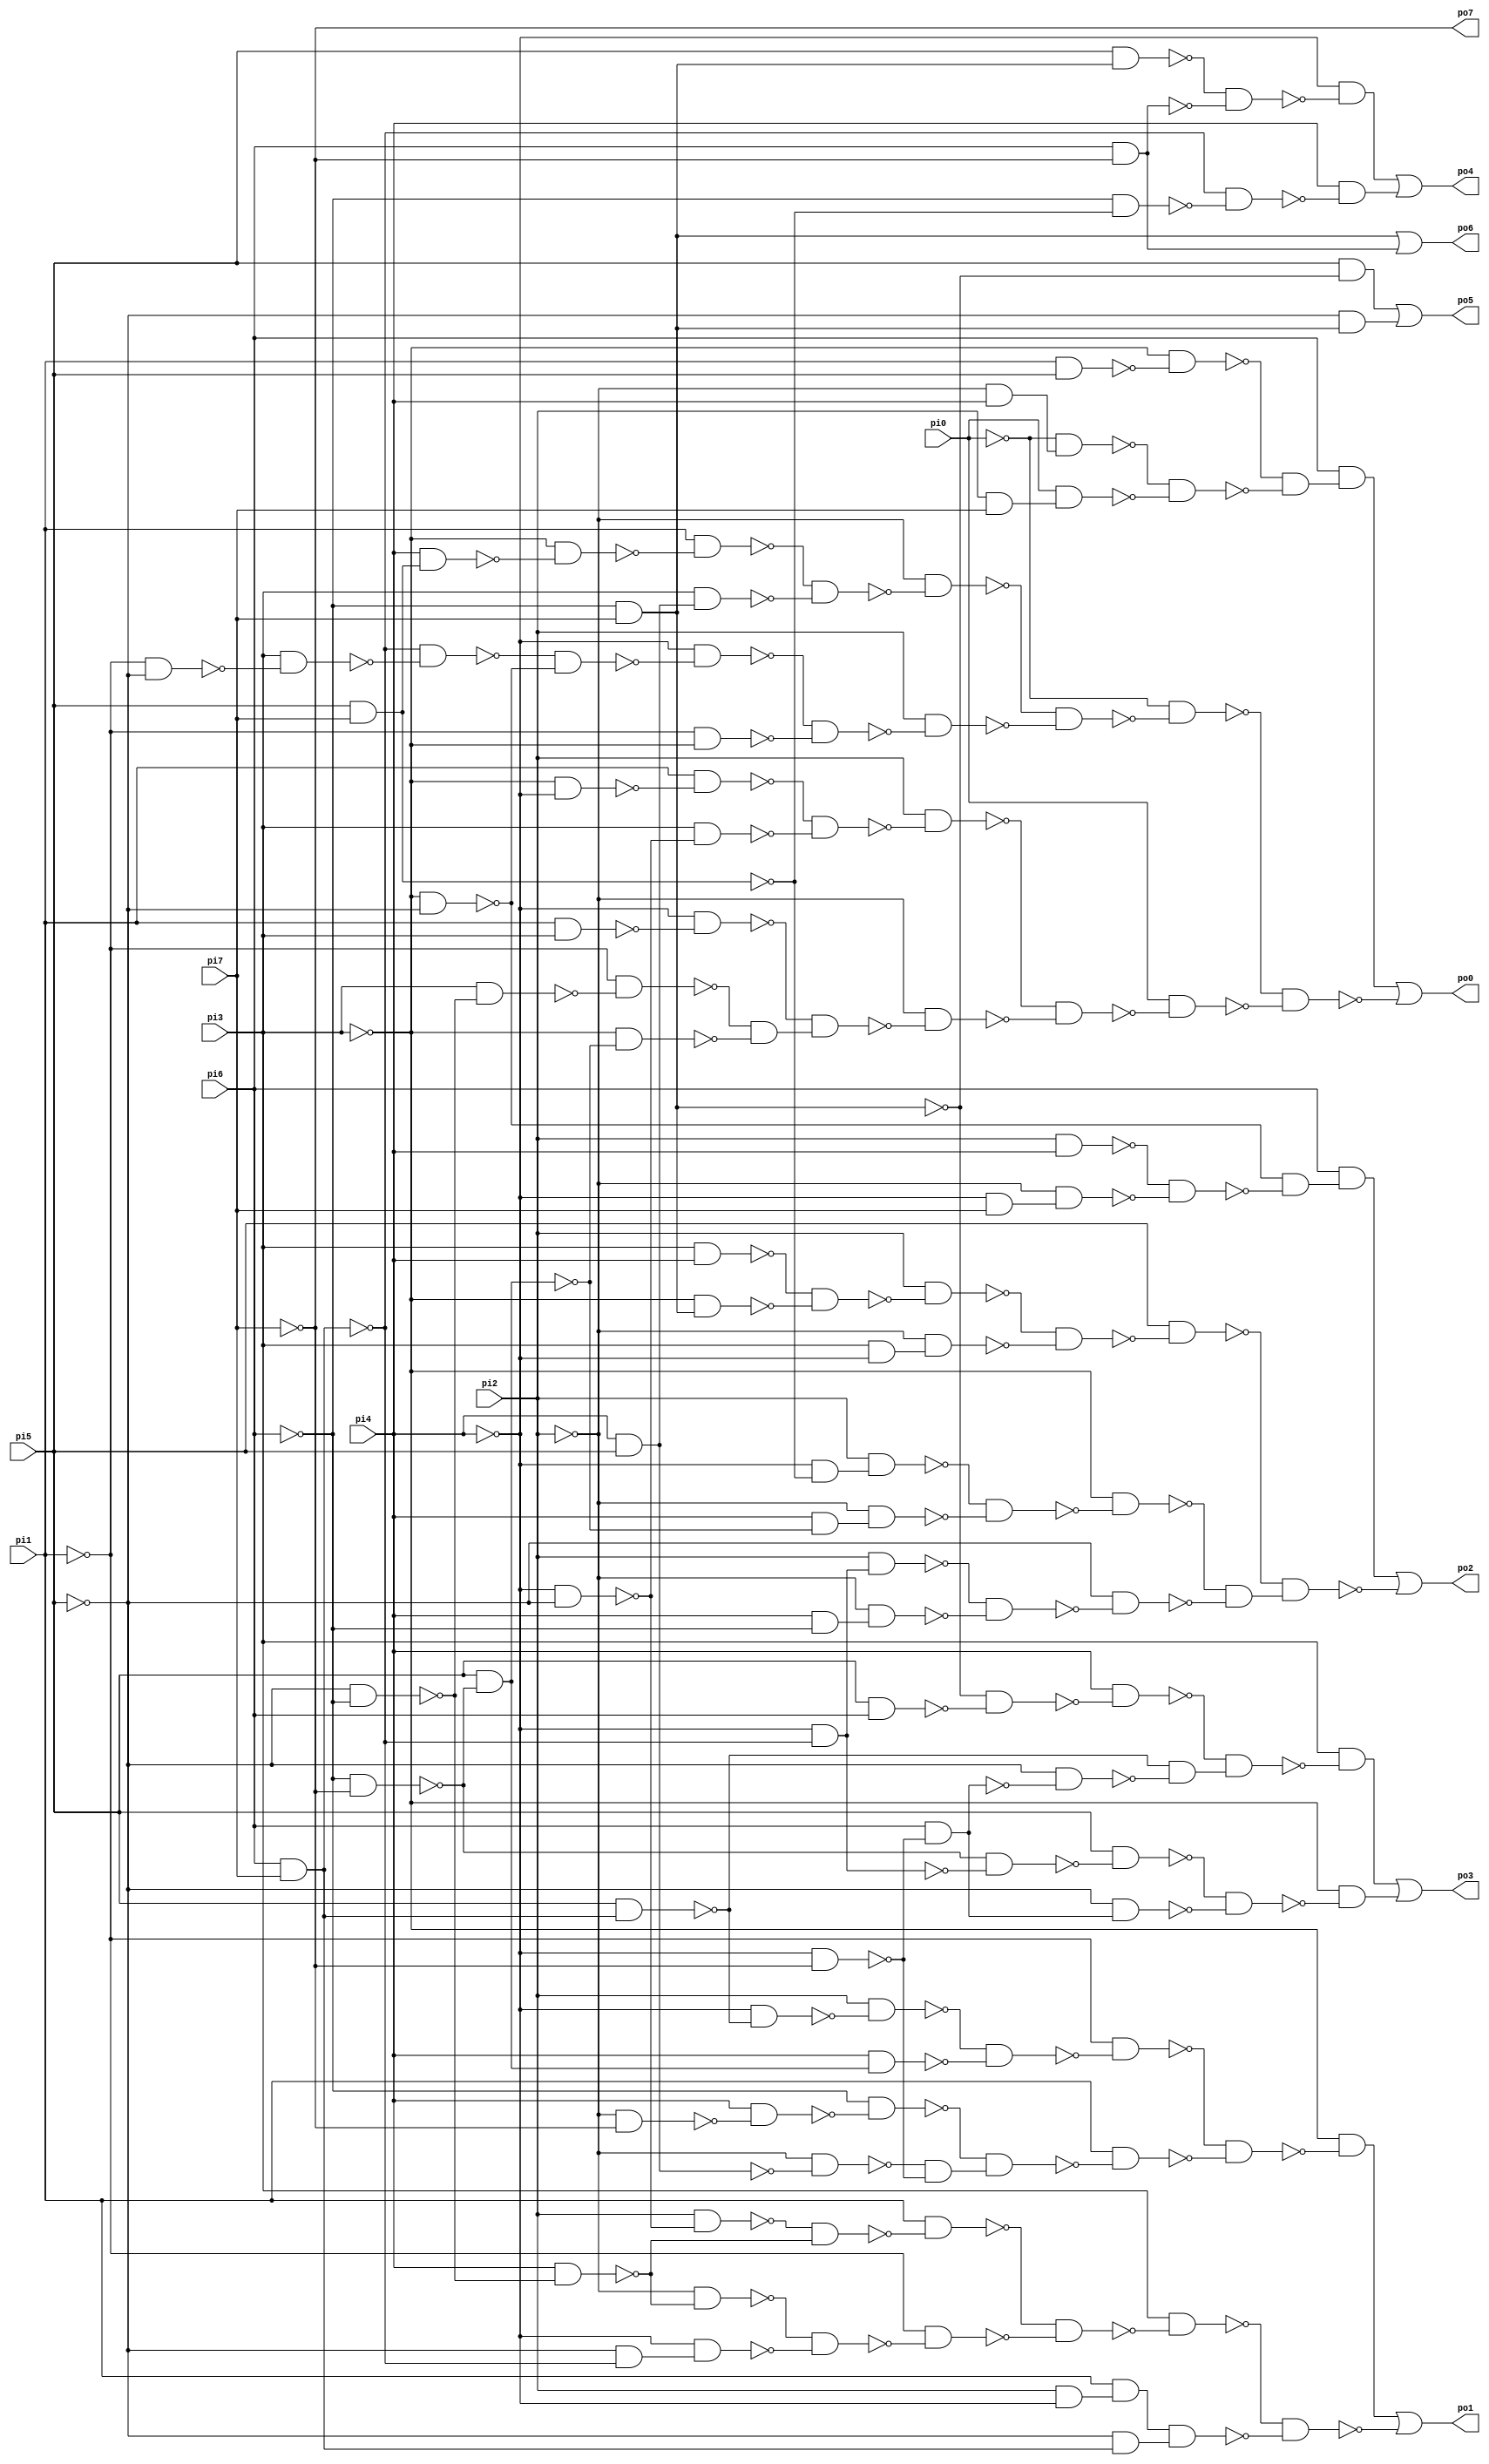
// Benchmark "f51m" written by ABC on Sun Apr 22 21:43:04 2018

module f51m ( 
    pi0, pi1, pi2, pi3, pi4, pi5, pi6, pi7,
    po0, po1, po2, po3, po4, po5, po6, po7  );
  input  pi0, pi1, pi2, pi3, pi4, pi5, pi6, pi7;
  output po0, po1, po2, po3, po4, po5, po6, po7;
  wire n17, n18, n19, n20, n21, n22, n23, n24, n25, n26, n27, n28, n29, n30,
    n31, n32, n33, n34, n35, n36, n37, n38, n39, n40, n41, n42, n43, n44,
    n45, n46, n47, n48, n49, n50, n51, n52, n53, n54, n55, n56, n57, n58,
    n59, n60, n61, n62, n63, n64, n65, n67, n68, n69, n70, n71, n72, n73,
    n74, n75, n76, n77, n78, n79, n80, n81, n82, n83, n84, n85, n86, n87,
    n88, n89, n90, n91, n92, n93, n94, n95, n96, n97, n98, n100, n101,
    n102, n103, n104, n105, n106, n107, n108, n109, n110, n111, n112, n113,
    n114, n115, n116, n117, n118, n119, n120, n121, n122, n123, n124, n125,
    n126, n127, n128, n130, n131, n132, n133, n134, n135, n136, n137, n138,
    n139, n140, n141, n142, n144, n145, n146, n147, n148, n149, n150, n152,
    n153;
  assign n17 = pi1 & pi5;
  assign n18 = ~pi3 & ~n17;
  assign n19 = ~pi2 & pi4;
  assign n20 = ~pi0 & n19;
  assign n21 = pi2 & pi7;
  assign n22 = pi0 & n21;
  assign n23 = ~n20 & ~n22;
  assign n24 = ~n18 & ~n23;
  assign n25 = pi6 & n24;
  assign n26 = pi5 & pi7;
  assign n27 = pi4 & n26;
  assign n28 = ~pi3 & ~n27;
  assign n29 = pi1 & ~n28;
  assign n30 = pi4 & pi5;
  assign n31 = pi3 & n30;
  assign n32 = ~n29 & ~n31;
  assign n33 = ~pi2 & ~n32;
  assign n34 = pi6 & pi7;
  assign n35 = ~pi1 & ~pi5;
  assign n36 = pi3 & ~n35;
  assign n37 = ~n34 & ~n36;
  assign n38 = ~pi3 & ~pi5;
  assign n39 = ~n37 & ~n38;
  assign n40 = ~pi4 & ~n39;
  assign n41 = ~pi1 & ~pi3;
  assign n42 = ~n40 & ~n41;
  assign n43 = pi2 & ~n42;
  assign n44 = ~n33 & ~n43;
  assign n45 = ~pi0 & ~n44;
  assign n46 = ~pi3 & ~pi4;
  assign n47 = pi1 & ~n46;
  assign n48 = ~pi4 & ~pi5;
  assign n49 = pi3 & ~n48;
  assign n50 = ~n47 & ~n49;
  assign n51 = pi2 & ~n50;
  assign n52 = pi1 & pi3;
  assign n53 = ~pi4 & ~n52;
  assign n54 = ~pi5 & ~pi6;
  assign n55 = pi3 & ~n54;
  assign n56 = ~pi1 & ~n55;
  assign n57 = ~pi6 & ~pi7;
  assign n58 = pi5 & ~n57;
  assign n59 = ~pi3 & ~n58;
  assign n60 = ~n56 & ~n59;
  assign n61 = ~n53 & n60;
  assign n62 = ~pi2 & ~n61;
  assign n63 = ~n51 & ~n62;
  assign n64 = pi0 & ~n63;
  assign n65 = ~n45 & ~n64;
  assign po0 = n25 | ~n65;
  assign n67 = pi5 & n34;
  assign n68 = ~pi4 & ~n67;
  assign n69 = pi2 & ~n68;
  assign n70 = pi4 & n58;
  assign n71 = ~n69 & ~n70;
  assign n72 = ~pi1 & ~n71;
  assign n73 = ~pi2 & ~pi7;
  assign n74 = pi4 & ~n73;
  assign n75 = ~pi6 & ~n74;
  assign n76 = ~pi2 & ~n30;
  assign n77 = ~pi4 & ~pi7;
  assign n78 = ~n76 & ~n77;
  assign n79 = ~n75 & n78;
  assign n80 = pi1 & ~n79;
  assign n81 = ~n72 & ~n80;
  assign n82 = ~pi3 & ~n81;
  assign n83 = pi2 & ~n48;
  assign n84 = pi4 & ~n54;
  assign n85 = ~n83 & ~n84;
  assign n86 = pi1 & ~n85;
  assign n87 = ~pi2 & ~n84;
  assign n88 = ~pi5 & ~n34;
  assign n89 = ~pi4 & n88;
  assign n90 = ~n87 & ~n89;
  assign n91 = ~pi1 & ~n90;
  assign n92 = ~n86 & ~n91;
  assign n93 = pi3 & ~n92;
  assign n94 = pi2 & ~pi4;
  assign n95 = pi1 & n94;
  assign n96 = ~pi5 & n34;
  assign n97 = n95 & n96;
  assign n98 = ~n93 & ~n97;
  assign po1 = n82 | ~n98;
  assign n100 = pi2 & pi4;
  assign n101 = ~pi4 & pi7;
  assign n102 = ~pi2 & n101;
  assign n103 = ~n100 & ~n102;
  assign n104 = ~n38 & ~n103;
  assign n105 = pi6 & n104;
  assign n106 = pi3 & pi4;
  assign n107 = ~pi6 & pi7;
  assign n108 = ~pi3 & n107;
  assign n109 = ~n106 & ~n108;
  assign n110 = pi2 & ~n109;
  assign n111 = pi3 & ~pi4;
  assign n112 = ~pi2 & n111;
  assign n113 = ~n110 & ~n112;
  assign n114 = pi5 & ~n113;
  assign n115 = ~pi4 & ~n26;
  assign n116 = pi2 & n115;
  assign n117 = pi4 & ~n58;
  assign n118 = ~pi2 & n117;
  assign n119 = ~n116 & ~n118;
  assign n120 = ~pi3 & ~n119;
  assign n121 = ~pi4 & ~n34;
  assign n122 = pi2 & n121;
  assign n123 = pi4 & ~pi6;
  assign n124 = ~pi2 & n123;
  assign n125 = ~n122 & ~n124;
  assign n126 = ~pi5 & ~n125;
  assign n127 = ~n120 & ~n126;
  assign n128 = ~n114 & n127;
  assign po2 = n105 | ~n128;
  assign n130 = pi5 & pi6;
  assign n131 = ~n107 & ~n130;
  assign n132 = pi4 & ~n131;
  assign n133 = pi6 & ~n77;
  assign n134 = ~pi5 & ~n133;
  assign n135 = ~n67 & ~n134;
  assign n136 = ~n132 & n135;
  assign n137 = pi3 & ~n136;
  assign n138 = ~n57 & ~n121;
  assign n139 = pi5 & ~n138;
  assign n140 = ~pi5 & n133;
  assign n141 = ~n139 & ~n140;
  assign n142 = ~pi3 & ~n141;
  assign po3 = n137 | n142;
  assign n144 = pi5 & n107;
  assign n145 = pi6 & ~pi7;
  assign n146 = ~n144 & ~n145;
  assign n147 = ~pi4 & ~n146;
  assign n148 = ~pi6 & ~n26;
  assign n149 = ~n34 & ~n148;
  assign n150 = pi4 & ~n149;
  assign po4 = n147 | n150;
  assign n152 = pi5 & ~n107;
  assign n153 = ~pi5 & n107;
  assign po5 = n152 | n153;
  assign po6 = n107 | n145;
  assign po7 = ~pi7;
endmodule